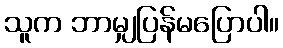
သူက ဘာမျှပြန်မပြောပါ။